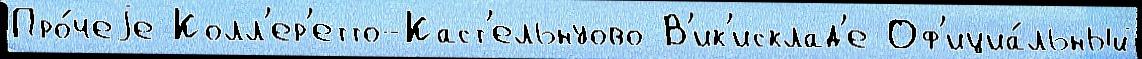
Про́чеjе Колл'ер'етто-Каст'ельнуово В'ик'исклад'е Оф'ициа́льный